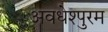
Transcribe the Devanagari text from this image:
अवधेश्पुरम